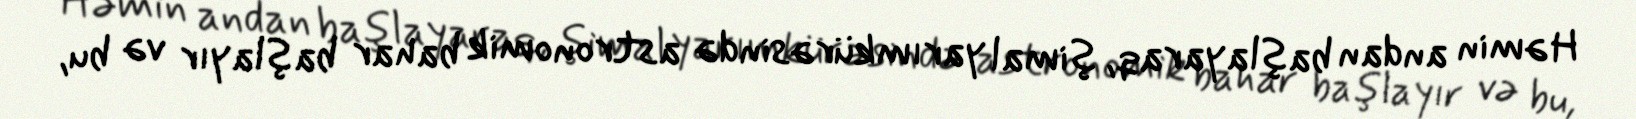
Həmin andan başlayaraq, şimal yarımkürəsində astronomik bahar başlayır və bu,